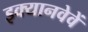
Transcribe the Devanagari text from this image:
इक्यानवेवें